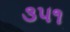
૩૫૧